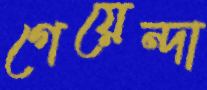
গেয়েন্দা